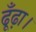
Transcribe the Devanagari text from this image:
ढूँढ़ा।